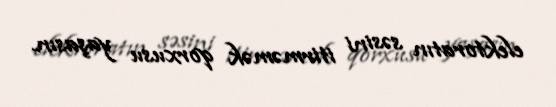
elektoratın səsini itirməmək qorxusu yaşasın.